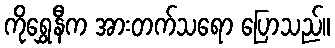
ကိုရွှေနီက အားတက်သရော ပြောသည်။